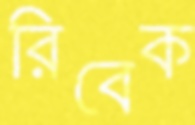
রিবেক